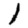
Digit: 1